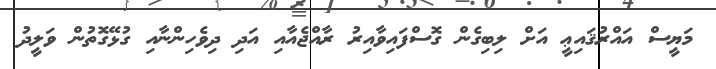
މަޔީސް އައްރުޤައިޢީ އަށް ލިބިގެން ގޮސްފައިވާއިރު ރާއްޖެއާއި އަދި ދިވެހިންނާއި ގުޅޭގޮތުން ވަލީދު